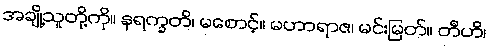
အချို့သူတို့ကို။ နရက္ခတိ၊ မစောင့်။ မဟာရာဇ၊ မင်းမြတ်။ တီဟိ၊